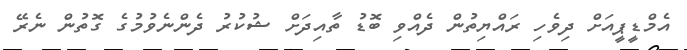
އެމްޑީޕީއަށް ދިވެހި ރައްޔިތުން ދެއްވި ބޮޑު ތާއިދަށް ޝުކުރު ދެންނެވުމުގެ ގޮތުން ނެރޭ